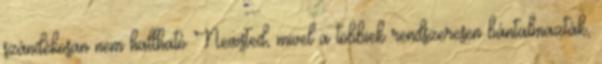
szándékosan nem hallható Newsted, mivel a többiek rendszeresen bántalmazták,